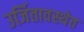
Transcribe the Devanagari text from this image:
उर्जितावस्थेत